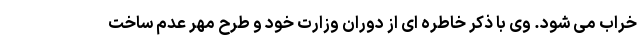
خراب می شود. وی با ذکر خاطره ای از دوران وزارت خود و طرح مهر عدم ساخت